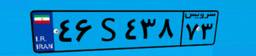
۴۶S۴۳۸۷۳